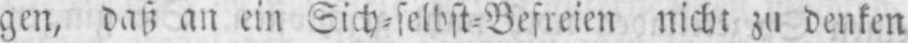
gen, daß an ein Sich⸗selbst⸗Befreien nicht zu denken